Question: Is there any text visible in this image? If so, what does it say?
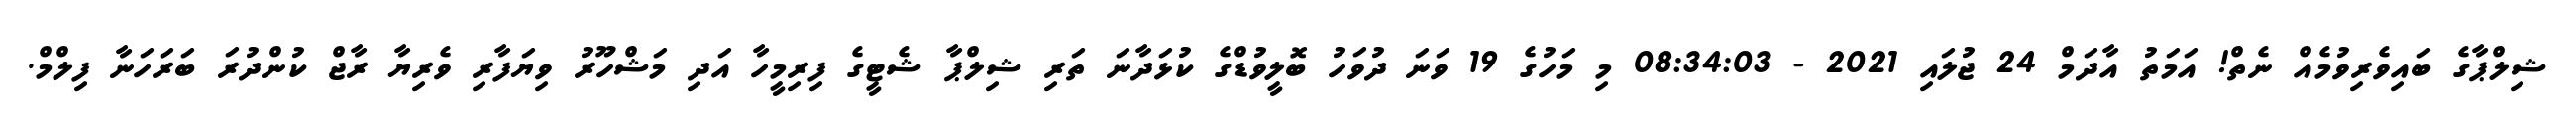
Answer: ޝިލްޕާގެ ބައިވެރިވުމެއް ނެތް! އަމަތު އާދަމް 24 ޖުލައި 2021 - 08:34:03 މި މަހުގެ 19 ވަނަ ދުވަހު ބޮލީވުޑްގެ ކުޅަދާނަ ތަރި ޝިލްޕާ ޝެޓީގެ ފިރިމީހާ އަދި މަޝްހޫރު ވިޔަފާރި ވެރިޔާ ރާޖް ކުންދުރަ ބަރަހަނާ ފިލްމް.